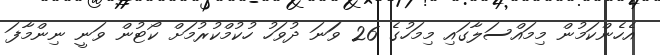
އެހެންކަމުން މިމައްސަލާގައި މިމަހުގެ 26 ވަަނަ ދުވަހު ހުކުމްކުރުމަށް ކޯޓުން ވަނީ ނިންމާފަ